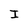
Character: I